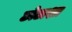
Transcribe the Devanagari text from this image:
छोटाशा